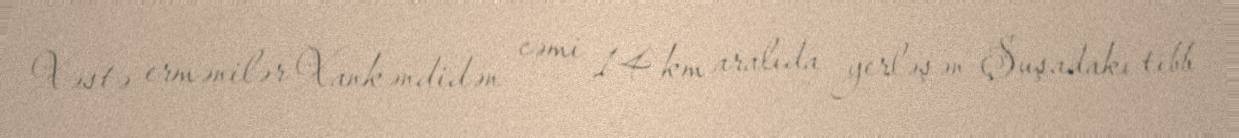
Xəstə ermənilər Xankəndidən cəmi 14 km aralıda yerləşən Şuşadakı tibb